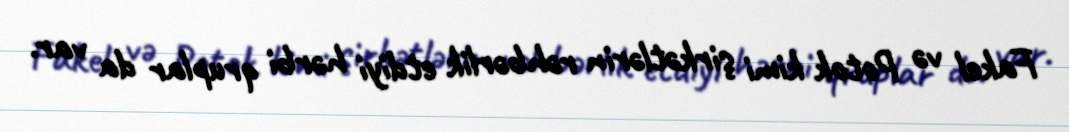
Fakel və Potok kimi şirkətlərin rəhbərlik etdiyi hərbi qruplar da var.